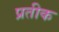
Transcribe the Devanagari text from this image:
प्रतीक